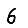
Digit: 6